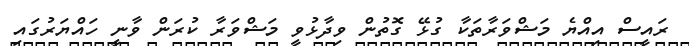
ރައީސް އިއްޔެ މަޝްވަރާތަކާ ގުޅޭ ގޮތުން ވިދާޅުވީ މަޝްވަރާ ކުރަން ވާނީ ހައްޔަރުގައި